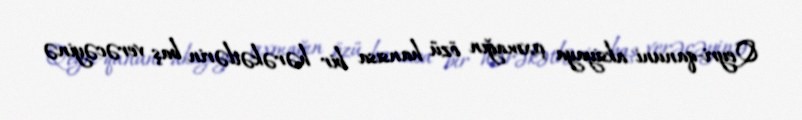
Qeyri-qanuni aksiyaya çıxmağın özü hansısa bir hərəkətlərin baş verəcəyinə